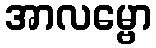
အာလမ္ဗော